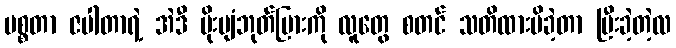
မစ္စတာ ဇပါတာရဲ့ အဲဒီ မိုးပျံဘုတ်ပြားကို လူတွေ စတင် သတိထားမိခဲ့တာ ပြီးခဲ့တဲ့လ